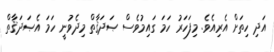
އަދި ހިތަށް އެރިއެވެ. މިފަހަރު ހަމަ ގައިމުވެސް ޞަދަޤާތް މިދެވުނީ ހަމަ އެޞަދަޤާތް